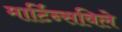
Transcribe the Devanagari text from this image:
मार्टिन्सविले